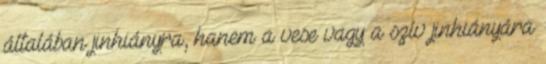
általában jinhiányra, hanem a vese vagy a szív jinhiányára